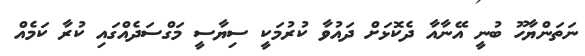
ނަތަންޔާހޫ ބުނީ އޭނާއާ ދެކޮޅަށް ދައުވާ ކުރުމަކީ ސިޔާސީ މަގްސަދެއްގައި ކުރާ ކަމެއް